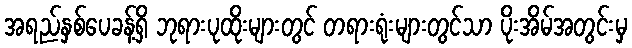
အရည်နှစ်ပေခန့်ရှိ ဘုရားပုထိုးများတွင် တရားရုံးများတွင်သာ ပိုးအိမ်အတွင်းမှ